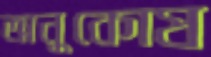
অনুকোষ